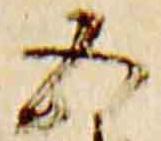
五